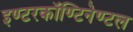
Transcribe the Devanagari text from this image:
इण्टरकॉण्टिनेण्टल